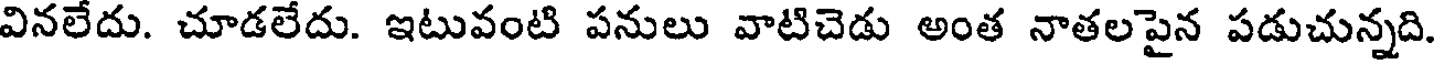
వినలేదు. చూడలేదు. ఇటువంటి పనులు వాటిచెడు అంత నాతలపైన పడుచున్నది